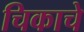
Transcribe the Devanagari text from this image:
चिकाचे